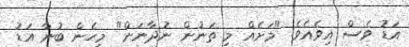
އަޑު ވެސް އިވެއެވެ. "މަށެއް މި ތަނުން ނުދާނަން" މިހެން ބުނާ އަޑު